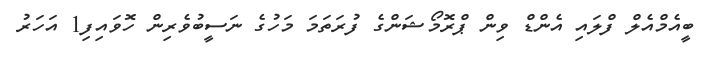
ބީއެމްއެލް ފްލައި އެންޑް ވިން ޕްރޮމޯޝަންގެ ފުރަތަމަ މަހުގެ ނަސީބުވެރިން ހޮވައިފި1 އަހަރު